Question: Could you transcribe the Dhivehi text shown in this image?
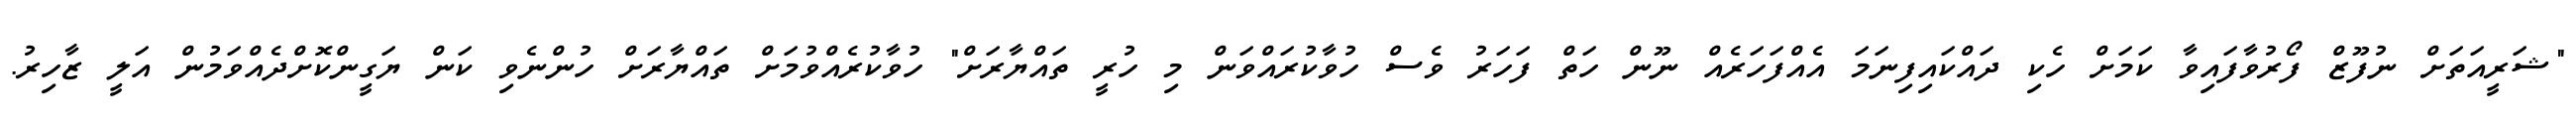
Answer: "ޝަރީއަތަށް ނުފޫޒް ފޯރުވާފައިވާ ކަމަށް ހެކި ދައްކައިފިނަމަ އެއްފަހަރެއް ނޫން ހަތް ފަހަރު ވެސް ހުވާކުރައްވަން މި ހުރީ ތައްޔާރަށް" ހުވާކުރެއްވުމަށް ތައްޔާރަށް ހުންނެވި ކަން ޔަގީންކޮށްދެއްވަމުން އަލީ ޒާހިރު.